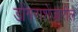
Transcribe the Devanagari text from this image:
डोंगराशेजारील